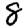
Digit: 8